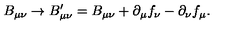
B _ { \mu \nu } \rightarrow B _ { \mu \nu } ^ { \prime } = B _ { \mu \nu } + \partial _ { \mu } f _ { \nu } - \partial _ { \nu } f _ { \mu } .